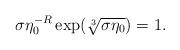
LaTeX: \begin{align*} \sigma \eta_0^{-R} \exp(\sqrt[3]{\sigma \eta_0})=1.\end{align*}